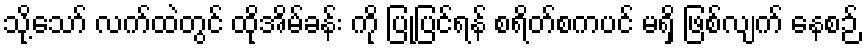
သို့သော် လက်ထဲတွင် ထိုအိမ်ခန်း ကို ပြုပြင်ရန် စရိတ်စကပင် မရှိ ဖြစ်လျက် နေစဉ်